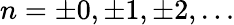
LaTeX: n=\pm 0,\pm 1,\pm 2,\ldots